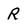
Character: R